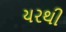
યરથી